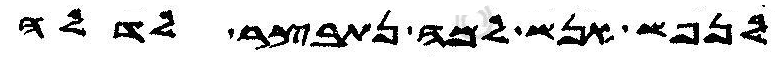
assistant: לנפש אנש למה נתבצר לדלה